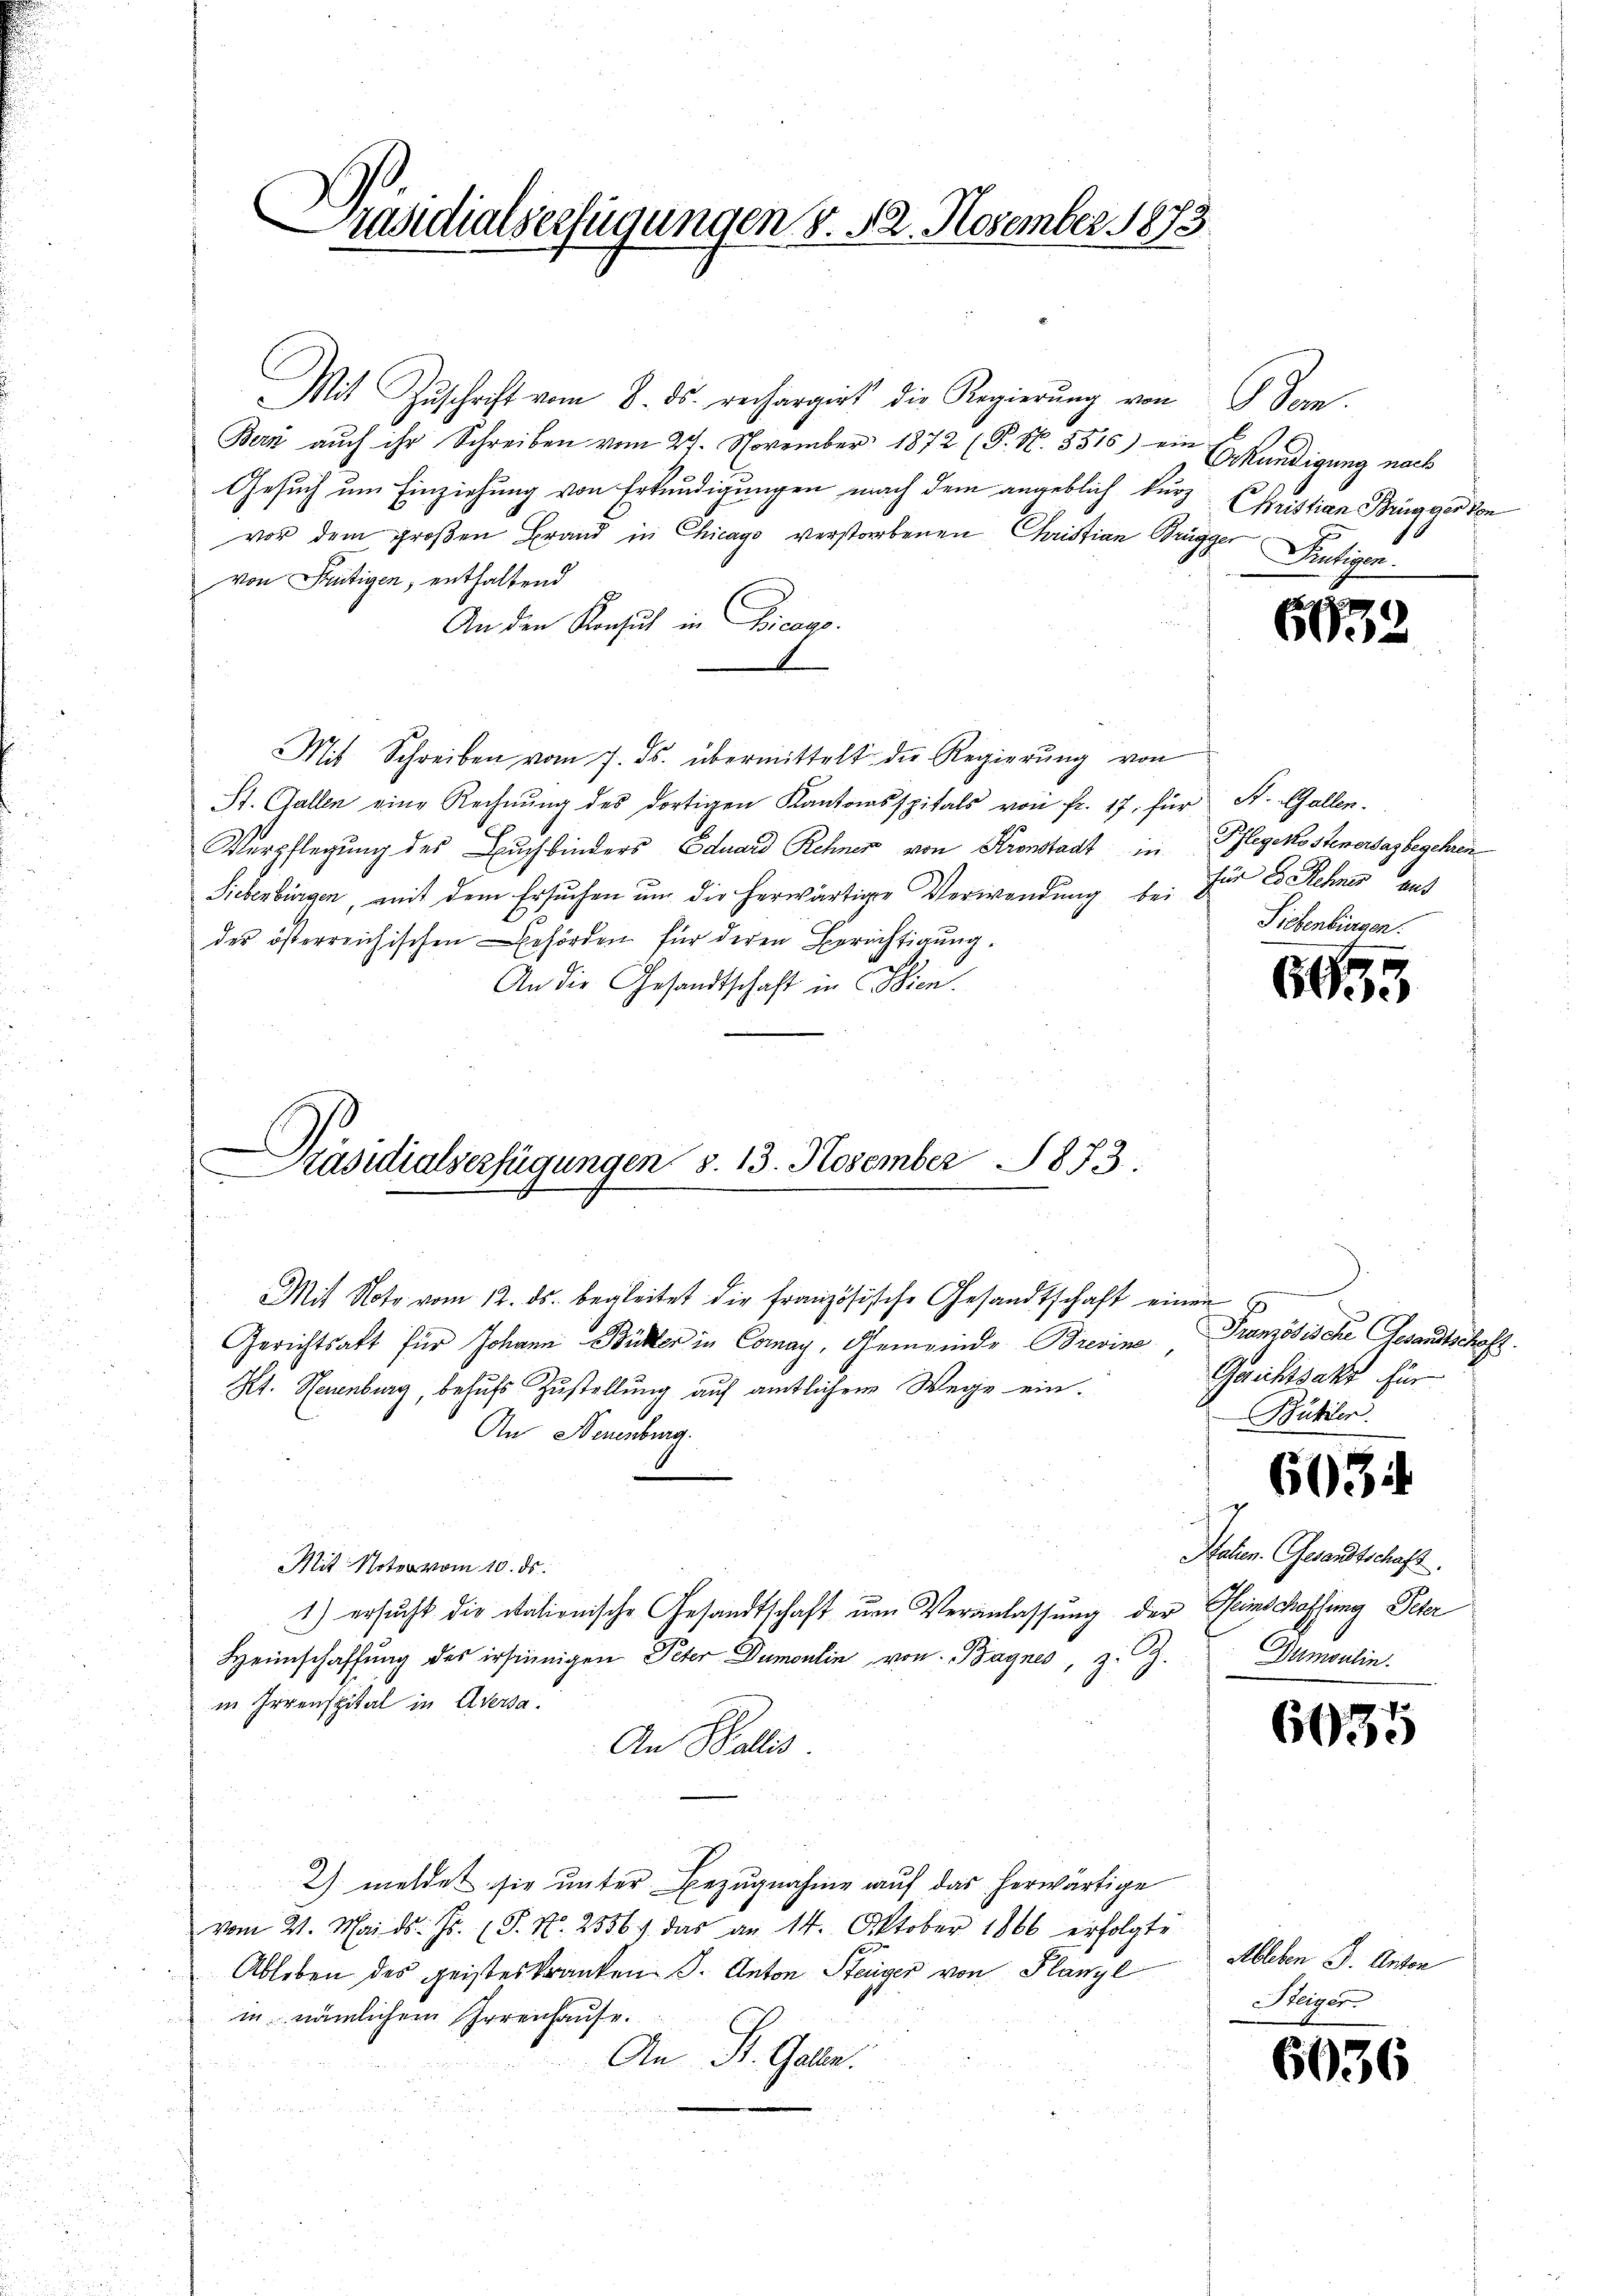
Präsidialserfügungen d. 12. November 1873.

Mit Zŭschrift vom 8. ds. rechargirt die Regierŭng von
Bern aŭch ihr Schreiben vom 27. November 1872 (T. N. 5515) ein Erkundigung nach
s
Gesuch um Einziehung von Erkundigungen nach dem angeblich kurz
vor dem großen Brand in Chicago verstorbenen Christian Brügger Frutigen.
von Frutigen, enthaltend
An den Konsul in Vicar.
Mit Schreiben vom 7. ds. übermittelt die Regierŭng von
St. Gallen eine Rechnŭng des dortigen Kantonsspitals von fr. 17. für St. Gallen.
Verpflegŭng des Bŭchbinders Eduard Rehner von Kronstadt in Pflegekostenersagbegehren
Siebenbürgen, mit dem Ersuchen um die herwärtiger Verwendung bei für es Sehner aus
des österreichischen Behörden für deren Berichtigŭng.
An die Gesandtschaft in Wien.
Präsidialverfügungen S. 13. November 1873.

Mit Note vom 12. ds. begleitet die französische Gesandtschaft einen
Gerichtsakt für Johann Bütter in Comay, Gemeinde Brevine Französische Gesandtschaft.
Kt. Neuenburg, behufs Zustellung auf amtlichem Wege ein.
An Neuenburg.
Mit Note vom 10. ds.
1) ersucht die dationische Gesandtschaft um Veranlassung der Menschaffung Peter
Heimschaffung des ersinnigen Peter Dumoulin von Bagnes, z. Z.
in Irrenspital in Aversa
An Wallis.
2). meldet sie unter Bezugnahme auf das herwärtige
vom 21. Mai d. Js. (S. N. 2556) das an 14. Oktober 1866 erfolgte
Ableben des geisteskranken J. Anton Steiger von Planzl
in nämlichem Irrenhause.
An St. Galen.
u

Kan¬
Christian Brügger von

693.

Siebenbürgen.

6

Gaichtsakt für
Bütler.

6034

Hahen. Gesandtschaft.
Dumoulin.

6035

Ableben J. Anton
Steiger

.

s